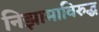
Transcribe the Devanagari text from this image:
निझामाविरुद्ध